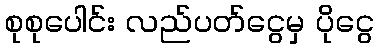
စုစုပေါင်း လည်ပတ်ငွေမှ ပိုငွေ